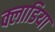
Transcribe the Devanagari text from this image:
क्लाडिया